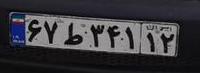
۶۷ط۳۴۱۱۲